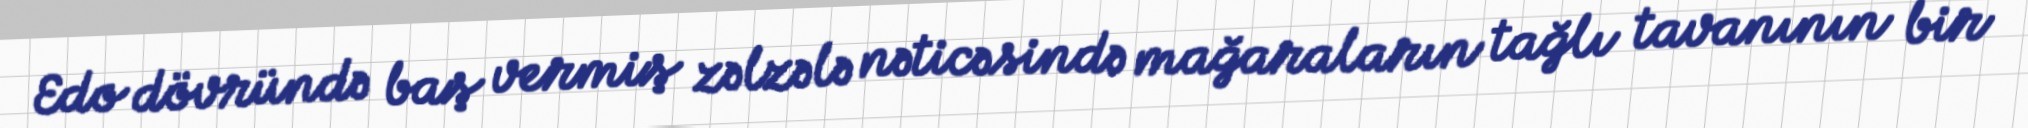
Edo dövründə baş vermiş zəlzələ nəticəsində mağaraların tağlı tavanının bir